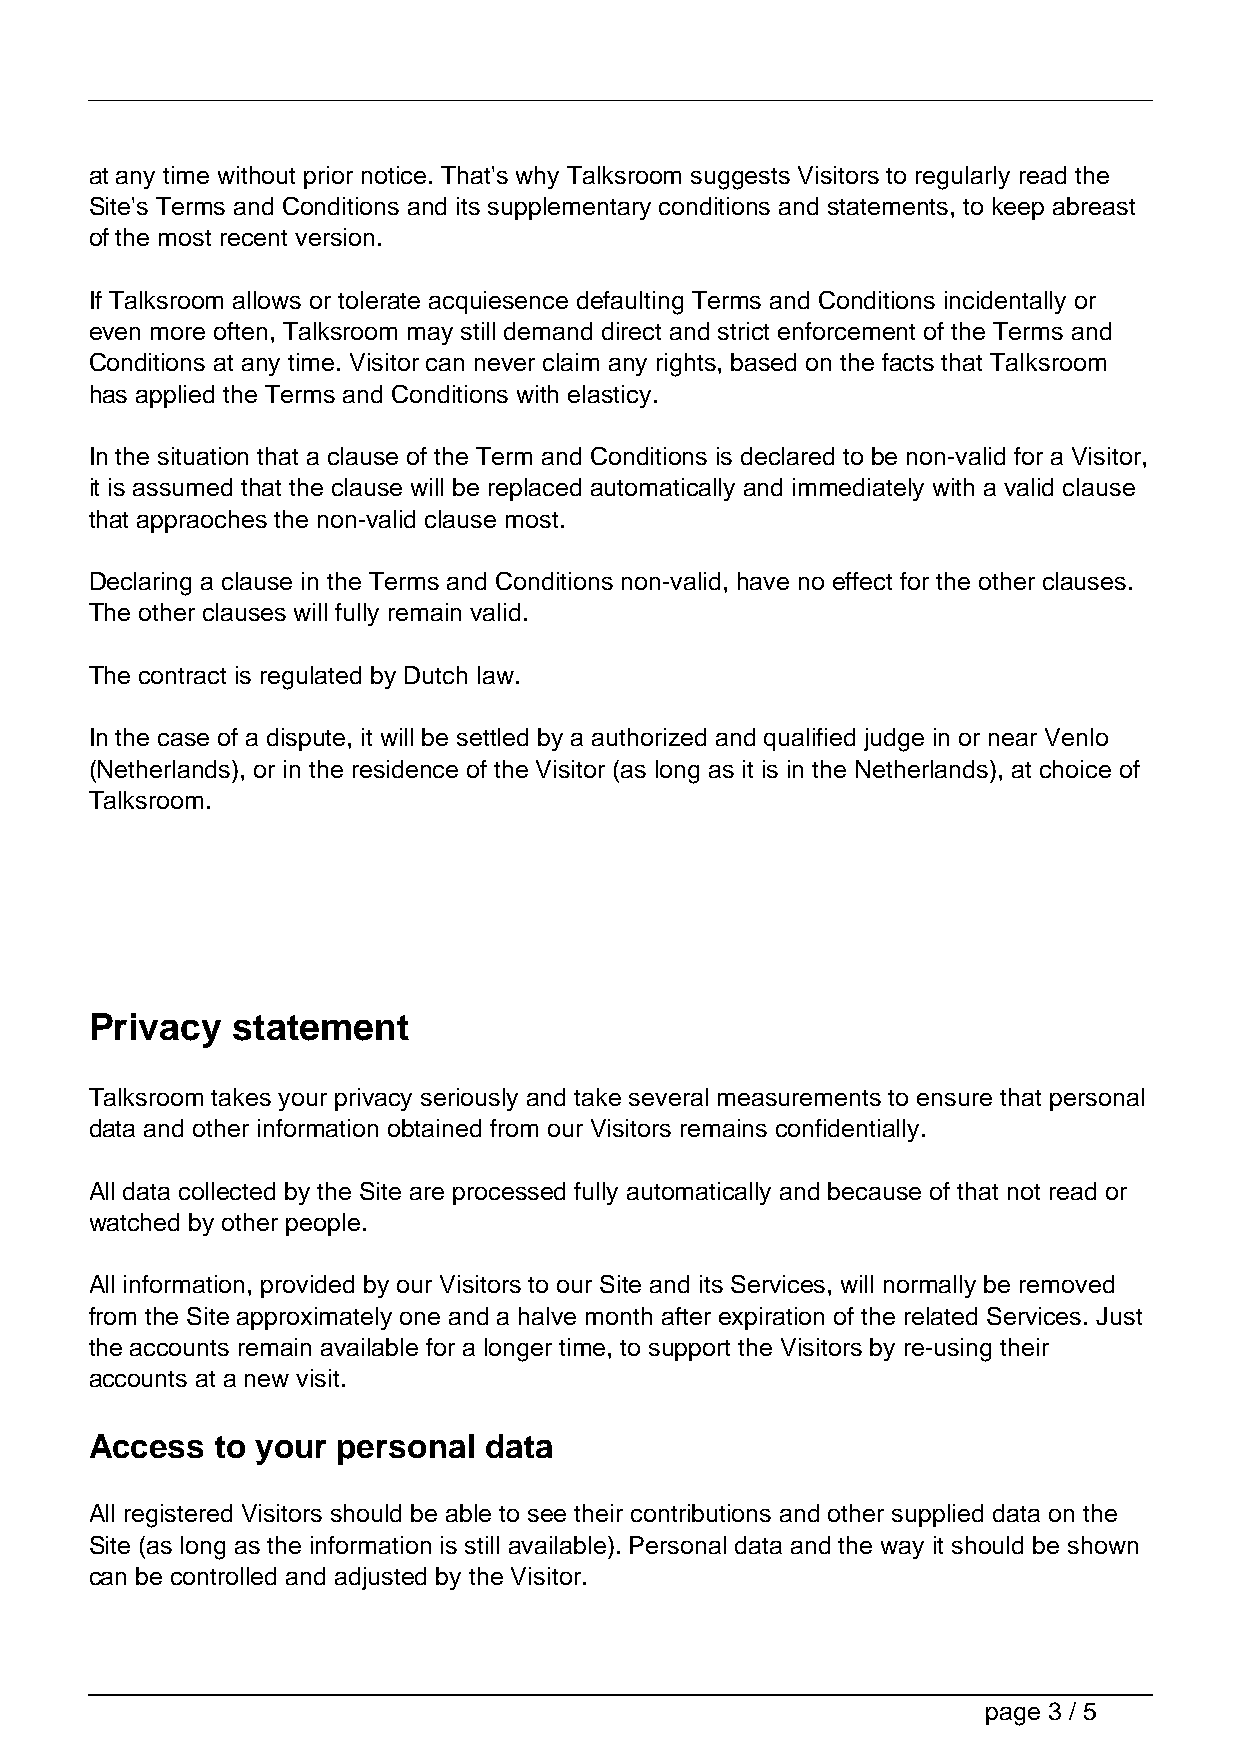
at any time without prior notice. That's why Talksroom suggests Visitors to regularly read the
 Site's Terms and Conditions and its supplementary conditions and statements, to keep abreast
 of the most recent version.
 If Talksroom allows or tolerate acquiesence defaulting Terms and Conditions incidentally or
 even more often, Talksroom may still demand direct and strict enforcement of the Terms and
 Conditions at any time. Visitor can never claim any rights, based on the facts that Talksroom
 has applied the Terms and Conditions with elasticy.
 In the situation that a clause of the Term and Conditions is declared to be non-valid for a Visitor,
 it is assumed that the clause will be replaced automatically and immediately with a valid clause
 that appraoches the non-valid clause most.
 Declaring a clause in the Terms and Conditions non-valid, have no effect for the other clauses.
 The other clauses will fully remain valid.
 The contract is regulated by Dutch law.
 In the case of a dispute, it will be settled by a authorized and qualified judge in or near Venlo
 (Netherlands), or in the residence of the Visitor (as long as it is in the Netherlands), at choice of
 Talksroom.
 Privacy  statement
 Talksroom takes your privacy seriously and take several measurements to ensure that personal
 data and other information obtained from our Visitors remains confidentially.
 All data collected by the Site are processed fully automatically and because of that not read or
 watched by other people.
 All information, provided by our Visitors to our Site and its Services, will normally be removed
 from the Site approximately one and a halve month after expiration of the related Services. Just
 the accounts remain available for a longer time, to support the Visitors by re-using their
 accounts at a new visit.
 Access  to your personal  data
 All registered Visitors should be able to see their contributions and other supplied data on the
 Site (as long as the information is still available). Personal data and the way it should be shown
 can be controlled and adjusted by the Visitor.
 page 3 / 5